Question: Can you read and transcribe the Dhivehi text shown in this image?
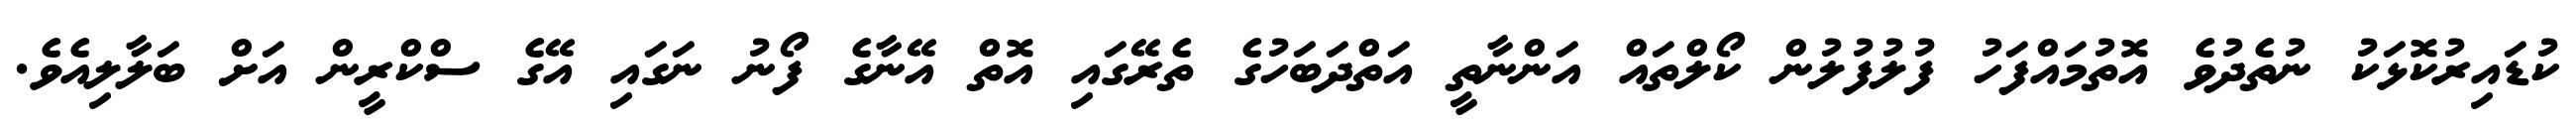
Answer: ކުޑައިރުކޮޅަކު ނުތެދުވެ އޮތުމައްފަހު ފުލުފުލުން ކޯލްތައް އަންނާތީ އަތްދަބަހުގެ ތެރޭގައި އޮތް އޭނާގެ ފޯނު ނަގައި އޭގެ ސްކްރީން އަށް ބަލާލިއެވެ.